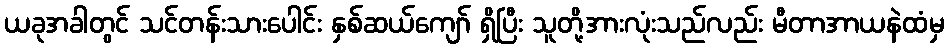
ယခုအခါတွင် သင်တန်းသားပေါင်း နှစ်ဆယ်ကျော် ရှိပြီး သူတို့အားလုံးသည်လည်း မီတာအာယနဲထံမှ